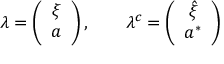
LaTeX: \lambda = \left( \begin{array} { c } { { \xi } } \\ { { a } } \end{array} \right) , ~ ~ ~ ~ ~ ~ \lambda ^ { c } = \left( \begin{array} { c } { { \hat { \xi } } } \\ { { a ^ { * } } } \end{array} \right)